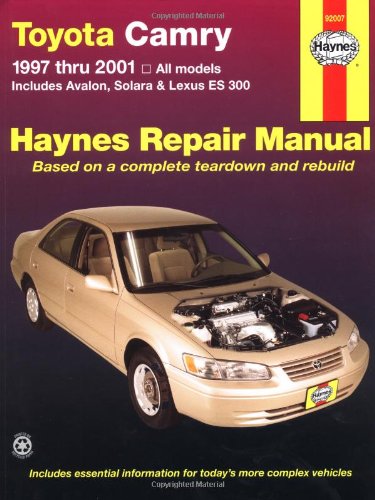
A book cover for Toyota Camry 1997 thru 2001: All Models - Includes Avalon,  Solara & Lexus ES 300 (Haynes Automotive Repair Manuals); Robert Maddox; Engineering & Transportation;